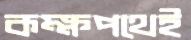
কক্ষপথেই